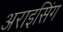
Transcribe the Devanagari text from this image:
अराइसिंग